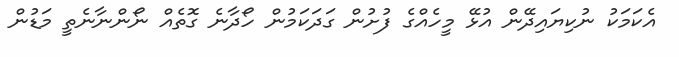
އެކަމަކު ނުކިޔައިދޭން އުޅޭ މީހެއްގެ ފުށުން ގަދަކަމުން ހޯދާނެ ގޮތެއް ނޯންނާނެތީ މަޑުން